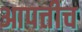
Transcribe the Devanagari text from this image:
आपत्तीच